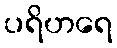
ပရိဟရေ